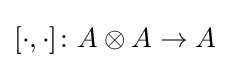
[\cdot ,\cdot ]\colon A\otimes A\rightarrow A